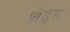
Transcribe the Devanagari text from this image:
प्रोड्स